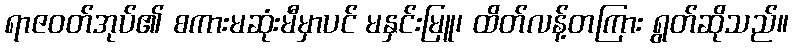
ရာဇဝတ်အုပ်၏ စကားမဆုံးမီမှာပင် မနှင်းမြူ၊ ထိတ်လန့်တကြား ရွတ်ဆိုသည်။